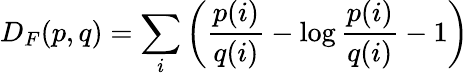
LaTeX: D_{F}(p,q)=\sum_{i}\left({\frac{p(i)}{q(i)}}-\log{\frac{p(i)}{q(i)}}-1\right)